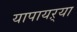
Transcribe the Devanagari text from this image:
यापायऱ्या